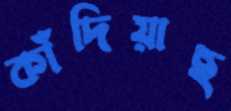
কাঁদিয়াছ